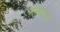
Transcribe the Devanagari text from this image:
पीडीएचा